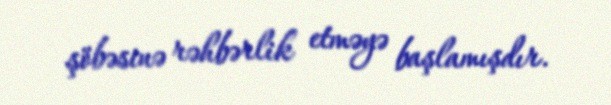
şöbəsinə rəhbərlik etməyə başlamışdır.